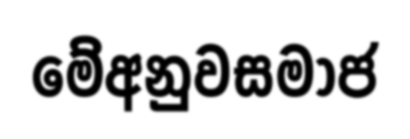
මේඅනුවසමාජ